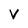
Character: v